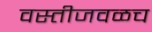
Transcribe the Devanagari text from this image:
वस्तीजवळच